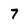
Character: 7